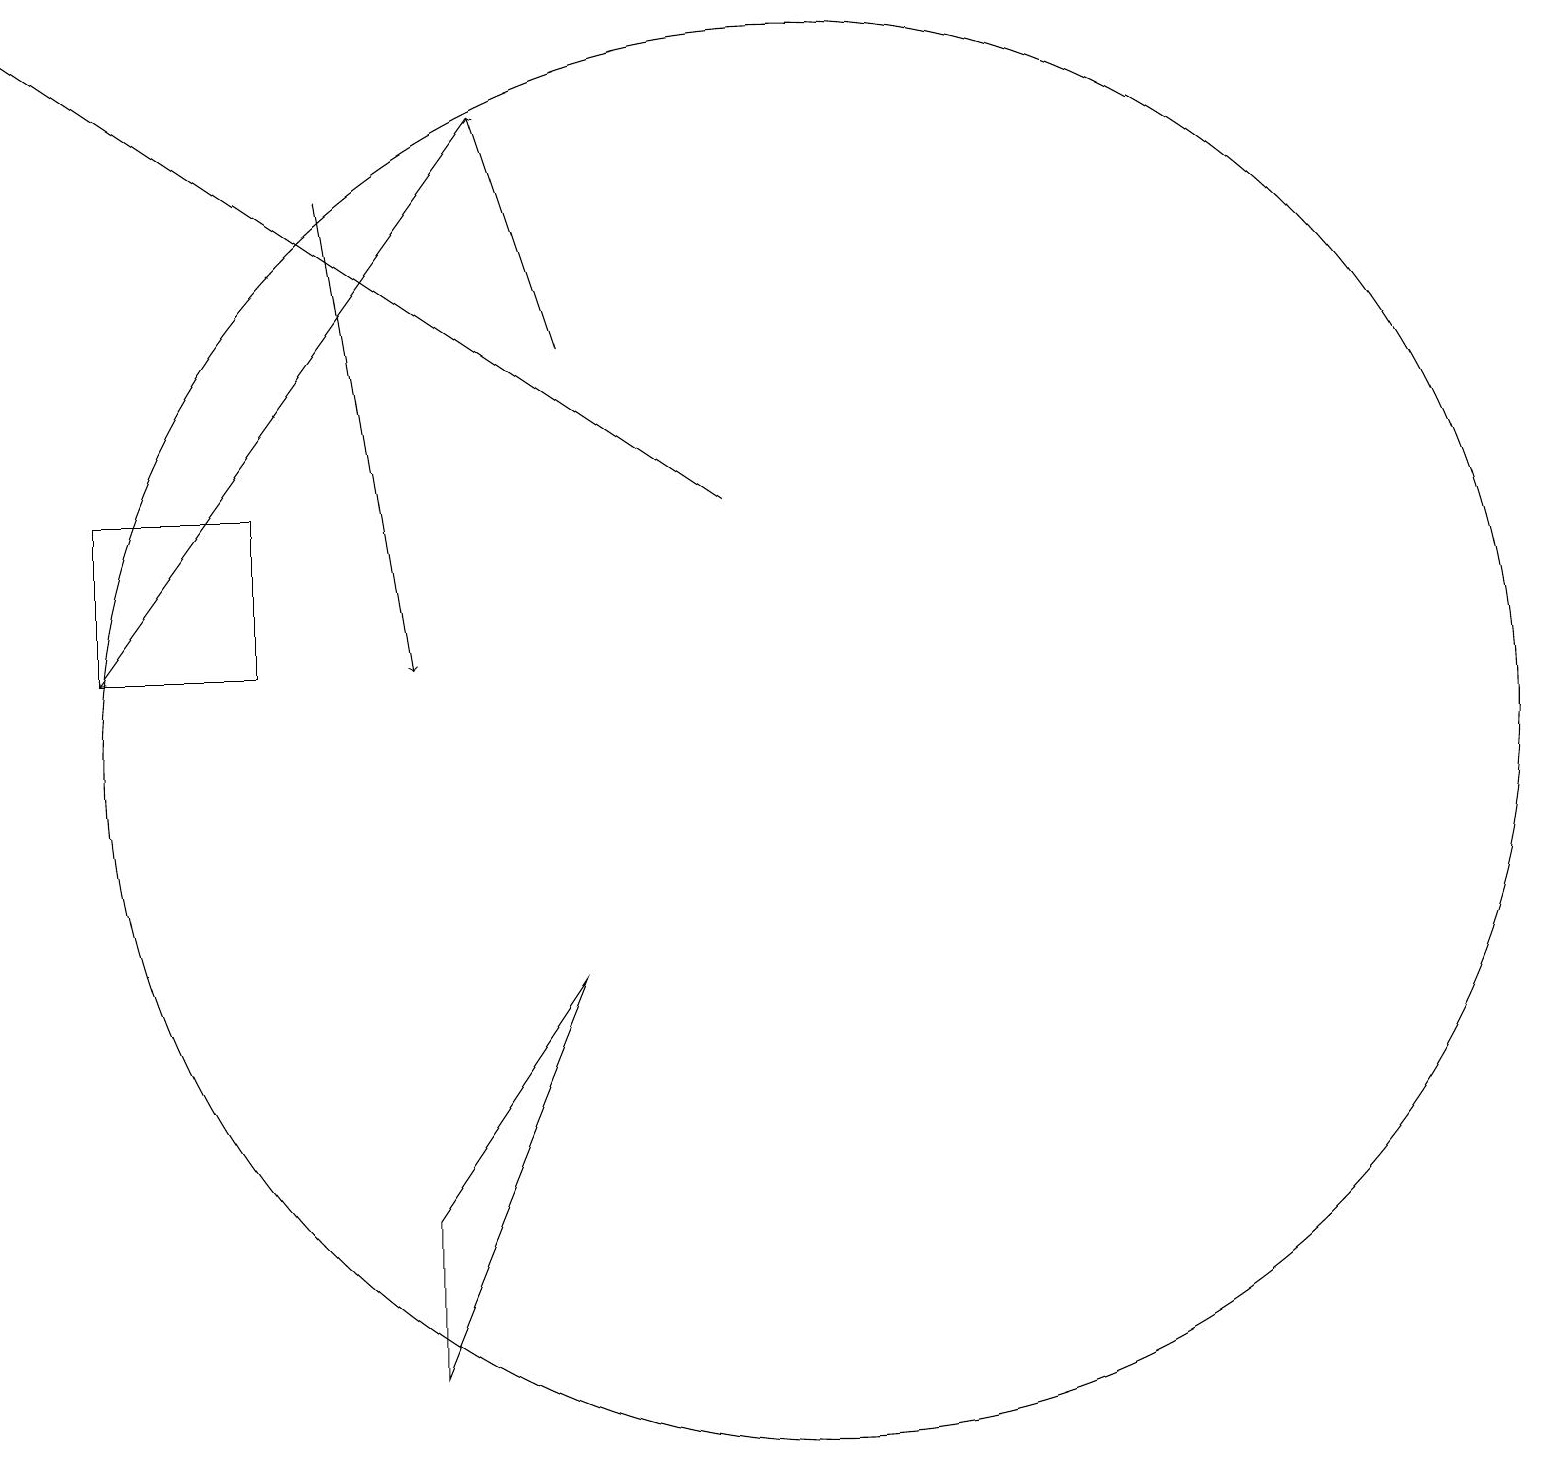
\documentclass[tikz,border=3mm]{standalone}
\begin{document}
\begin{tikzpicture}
\draw (5,2) -- (5,4) -- (7,7) -- cycle;
\draw[->] (4,17) -- (5,11);
\draw (3,11) rectangle (1,13);
\draw (10,10) circle (9);
\draw[->] (9,13) -- (0,19);
\draw[->] (6,18) -- (1,11);
\draw[->] (7,15) -- (6,18);
\draw (11,11) circle (0);
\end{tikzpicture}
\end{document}